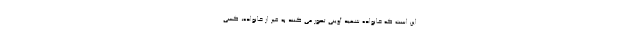
این است که خانواده شهید آوینی تصور می کنند به غیر از خانواده، کسی